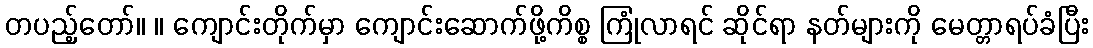
တပည့်တော်။ ။ ကျောင်းတိုက်မှာ ကျောင်းဆောက်ဖို့ကိစ္စ ကြုံလာရင် ဆိုင်ရာ နတ်များကို မေတ္တာရပ်ခံပြီး